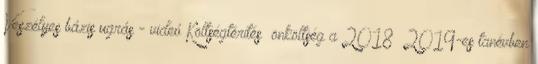
Veszélyes bázis ugrás - videó Költségtérítés önköltség a 2018 2019-es tanévben